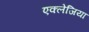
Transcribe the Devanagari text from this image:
एक्लेजिया